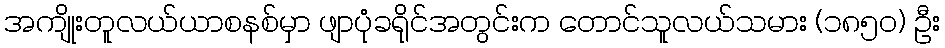
အကျိုးတူလယ်ယာစနစ်မှာ ဖျာပုံခရိုင်အတွင်းက တောင်သူလယ်သမား (၁၈၅၀) ဦး